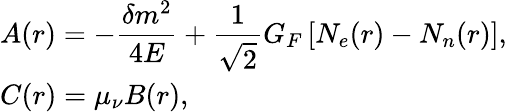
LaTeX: \begin{array}{l}{{A(r)=-\displaystyle\frac{\delta m^{2}}{4E}+\frac{1}{\sqrt{2}}G_{F}\left[N_{e}(r)-N_{n}(r)\right],}}\\ {{C(r)=\displaystyle\mu_{\nu}B(r),}}\end{array}